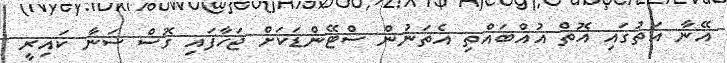
އޭނާ އަތުގައި އޮތް އުއްބައްތި އެތަނުން ސްޓޭންޑަކަށް ޖަހާފައި ގޮސް ސަނާ ކައިރީ